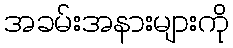
အခမ်းအနားများကို